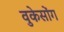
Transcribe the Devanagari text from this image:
वुकेसोंग